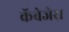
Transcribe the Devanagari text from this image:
कॅबेजेस